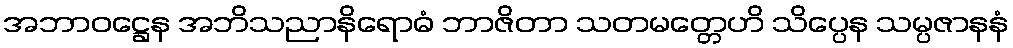
အဘာဝဋ္ဌေန အဘိသညာနိရောဓံ ဘာဇိတာ သတမတ္တေဟိ သိပ္ပေန သမ္ပဇာနနံ